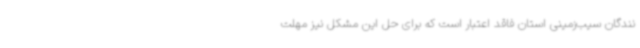
نندگان سیب‌زمینی استان فاقد اعتبار است که برای حل این مشکل نیز مهلت